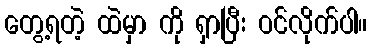
တွေ့ရတဲ့ ထဲမှာ ကို ရှာပြီး ဝင်လိုက်ပါ။